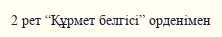
2 рет “Құрмет белгісі” орденімен